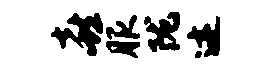
喜服陇迹